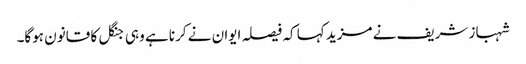
شہباز شریف نے مزید کہا کہ فیصلہ ایوان نے کرنا ہے وہی جنگل کا قانون ہوگا۔